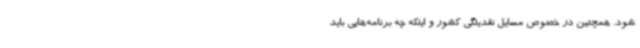
شود. همچنین در خصوص مسایل نقدینگی کشور و اینکه چه برنامه‌هایی باید